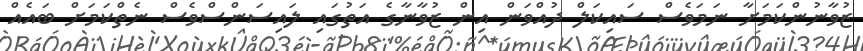
ޒުވާނުންކަމަށާ ނަމަވެސް ސައިކަލް ދުއްވަން އިން ޒުވާނާގެ އަތުގައި ލައިސަންސްވެސް ނެތްކަމަށް ބައެއް